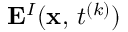
{ \bf E } ^ { I } ( { \bf x } , \, t ^ { ( k ) } )